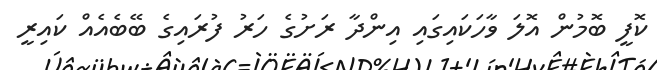
ކޮފީ ބޮމުން އޮލަ ވާހަކައިގައި އިންދާ ރަށުގެ ހަރު ފުރައިގެ ބޭބެއެއް ކައިރީ